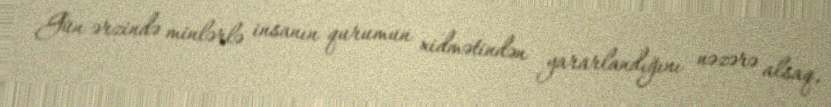
Gün ərzində minlərlə insanın qurumun xidmətindən yararlandığını nəzərə alsaq,